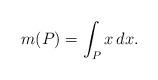
LaTeX: \begin{align*}m(P) = \int_P x \, dx .\end{align*}